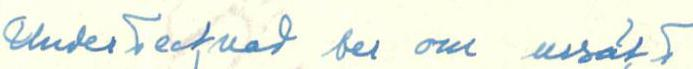
Under tecknad ber om ursäkt